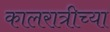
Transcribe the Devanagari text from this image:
कालरात्रीच्या